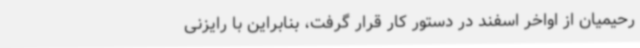
رحیمیان از اواخر اسفند در دستور کار قرار گرفت، بنابراین با رایزنی